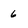
Character: 6